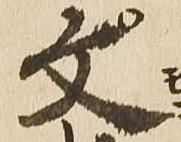
文